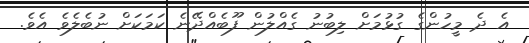
އެ ދެ މީހުންގެ ގުޅުމަށް ލިބުނު ގެއްލުން ފޫބެއްދޭނެ ކަމަކަށް ނުބެލެވެ އެވެ.